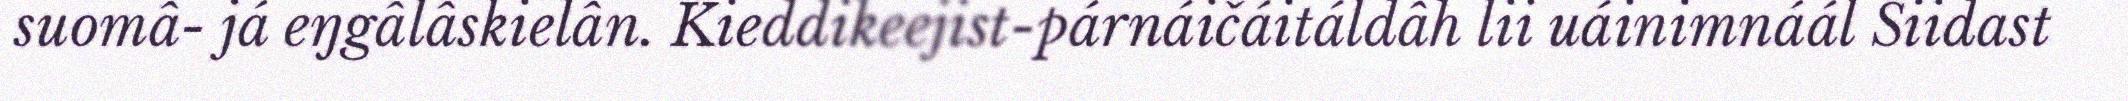
suomâ- já eŋgâlâskielân. Kieddikeejist-párnáičáitáldâh lii uáinimnáál Siidast